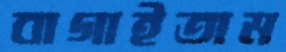
বাগাইতাম